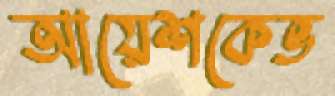
আয়েশকেভ